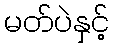
မတ်ပဲနှင့်